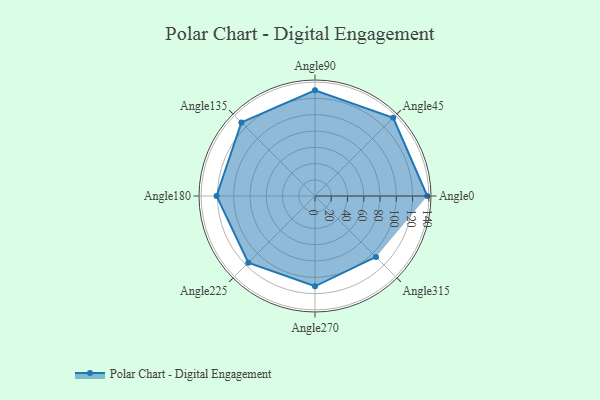
{"axis": {"x": "Angle", "y": "Radius"}, "legend": [""], "data": [{"x": "Angle0", "y": 138.0, "type": ""}, {"x": "Angle45", "y": 136.0, "type": ""}, {"x": "Angle90", "y": 130.0, "type": ""}, {"x": "Angle135", "y": 128.0, "type": ""}, {"x": "Angle180", "y": 121.0, "type": ""}, {"x": "Angle225", "y": 116.0, "type": ""}, {"x": "Angle270", "y": 111.0, "type": ""}, {"x": "Angle315", "y": 106.0, "type": ""}]}